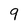
Character: 9